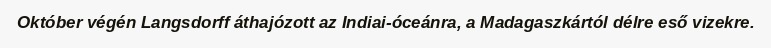
Október végén Langsdorff áthajózott az Indiai-óceánra, a Madagaszkártól délre eső vizekre.